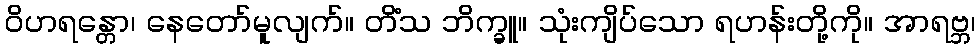
ဝိဟရန္တော၊ နေတော်မူလျက်။ တိံသ ဘိက္ခူ။ သုံးကျိပ်သော ရဟန်းတို့ကို။ အာရဗ္ဘ၊